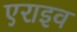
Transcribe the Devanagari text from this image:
एराइव